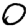
Digit: 0